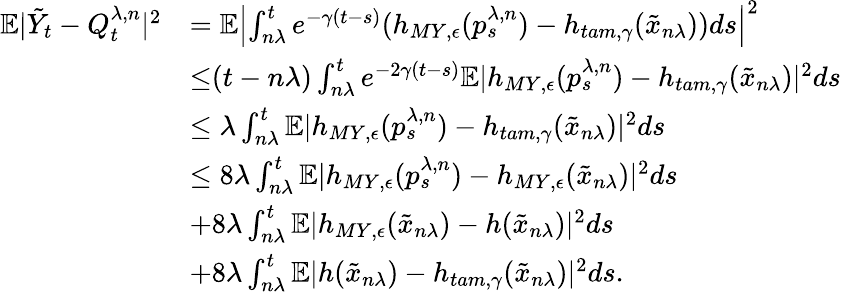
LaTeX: \begin{array}{rl}{\mathbb{E}|\tilde{Y}_{t}-Q_{t}^{\lambda,n}|^{2}}&{=\mathbb{E}\left|\int_{n\lambda}^{t}e^{-\gamma(t-s)}(h_{MY,\epsilon}(p_{s}^{\lambda,n})-h_{tam,\gamma}(\tilde{x}_{n\lambda}))ds\right|^{2}}\\ &{{\leq}(t-n\lambda)\int_{n\lambda}^{t}e^{-2\gamma(t-s)}\mathbb{E}|h_{MY,\epsilon}(p_{s}^{\lambda,n})-h_{tam,\gamma}(\tilde{x}_{n\lambda})|^{2}ds}\\ &{\leq\lambda\int_{n\lambda}^{t}\mathbb{E}|h_{MY,\epsilon}(p_{s}^{\lambda,n})-h_{tam,\gamma}(\tilde{x}_{n\lambda})|^{2}ds}\\ &{\leq 8\lambda\int_{n\lambda}^{t}\mathbb{E}|h_{MY,\epsilon}(p_{s}^{\lambda,n})-h_{MY,\epsilon}(\tilde{x}_{n\lambda})|^{2}ds}\\ &{+8\lambda\int_{n\lambda}^{t}\mathbb{E}|h_{MY,\epsilon}(\tilde{x}_{n\lambda})-h(\tilde{x}_{n\lambda})|^{2}ds}\\ &{+8\lambda\int_{n\lambda}^{t}\mathbb{E}|h(\tilde{x}_{n\lambda})-h_{tam,\gamma}(\tilde{x}_{n\lambda})|^{2}ds.}\end{array}